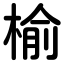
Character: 榆